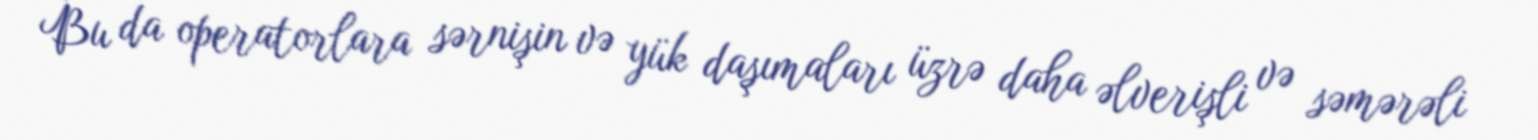
Bu da operatorlara sərnişin və yük daşımaları üzrə daha əlverişli və səmərəli